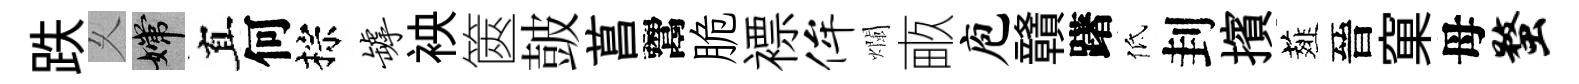
跌乆嫦真何棕罅䘧篋皷菖鬻脆褾侔爛畞庖贛躇低刲擯薤晉窠母蝥